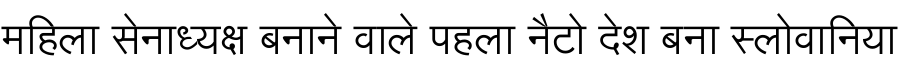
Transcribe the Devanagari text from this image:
महिला सेनाध्यक्ष बनाने वाले पहला नैटो देश बना स्लोवानिया